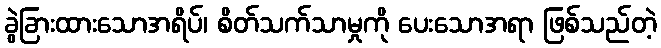
ခွဲခြားထားသောအရိပ်၊ စိတ်သက်သာမှုကို ပေးသောအရာ ဖြစ်သည်တဲ့